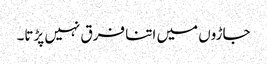
جاڑوں میں اتنا فرق نہیں پڑتا۔